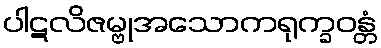
ပါဋလိဇမ္ဗုအသောကရုက္ခဝန္တံ